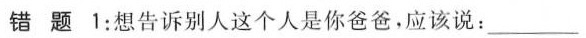
错 题 1:想告诉别人这个人是你爸爸,应该说: ___